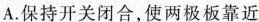
A. 保持开关闭合，使两极板靠近